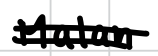
Text: Malan
Cross-out: double-line
Writing tool: digital_black